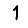
Digit: 1